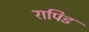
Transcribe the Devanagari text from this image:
रापिड